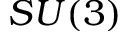
S U ( 3 )